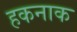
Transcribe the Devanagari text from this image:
हकनाक